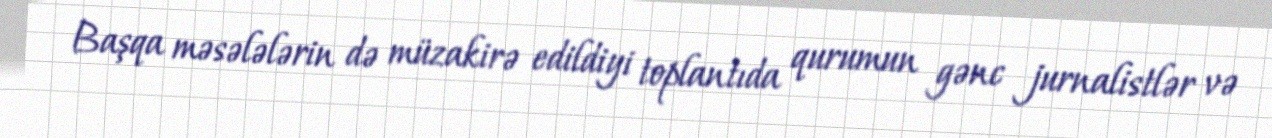
Başqa məsələlərin də müzakirə edildiyi toplantıda qurumun gənc jurnalistlər və